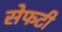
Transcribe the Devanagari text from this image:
सेफटी